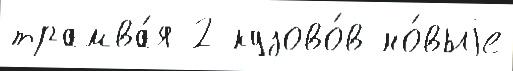
трамва́я 2 кузово́в но́выjе